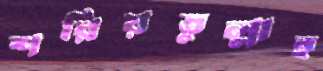
শরিয়তুল্লাহ